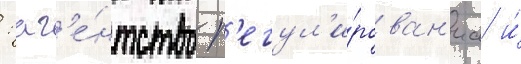
: аг'е́нтство р'егул'и́рован'иа и́